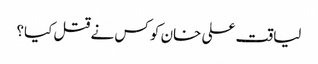
لیاقت علی خان کو کس نے قتل کیا؟